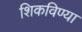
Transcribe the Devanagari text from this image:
शिकविण्या